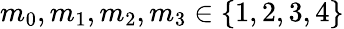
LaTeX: m_{0},m_{1},m_{2},m_{3}\in\{ 1,2,3,4\}